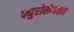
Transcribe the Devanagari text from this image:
फ्युरोसेमाइड